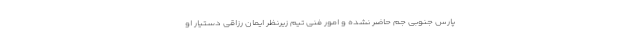
پارس جنوبی جم حاضر نشده و امور فنی تیم زیرنظر ایمان رزاقی دستیار او